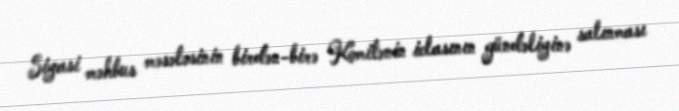
Siyasi məhbus məsələsinin birdən-birə Komitənin iclasının gündəliyinə salınması